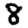
Digit: 8